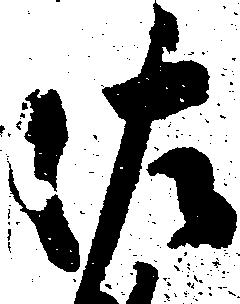
佐